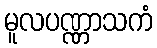
မူလပဏ္ဏာသကံ